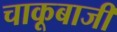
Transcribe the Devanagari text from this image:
चाकूबाजी